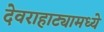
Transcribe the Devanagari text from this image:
देवराहाट्यामध्ये